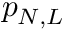
p _ { N , L }